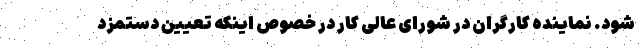
شود. نماینده کارگران در شورای عالی کار در خصوص اینکه تعیین دستمزد